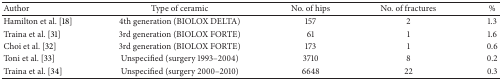
<table><thead><tr><td><b>Author</b></td><td><b>Type of ceramic</b></td><td><b>No. of hips</b></td><td><b>No. of fractures </b></td><td><b>%</b></td></tr></thead><tbody><tr><td>Hamilton et al. [18] </td><td>4th generation (BIOLOX DELTA)</td><td>157</td><td>2</td><td>1.3</td></tr><tr><td>Traina et al. [31]</td><td>3rd generation (BIOLOX FORTE)</td><td>61</td><td>1</td><td>1.6</td></tr><tr><td>Choi et al. [32]</td><td>3rd generation (BIOLOX FORTE)</td><td>173</td><td>1</td><td>0.6</td></tr><tr><td>Toni et al. [33]</td><td>Unspecified (surgery 1993–2004)</td><td>3710</td><td>8</td><td>0.2</td></tr><tr><td>Traina et al. [34]</td><td>Unspecified (surgery 2000–2010)</td><td>6648</td><td>22</td><td>0.3</td></tr></tbody></table>